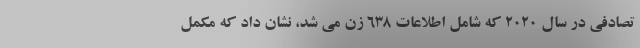
تصادفی در سال 2020 که شامل اطلاعات 638 زن می شد، نشان داد که مکمل